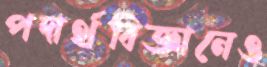
পদার্থবিজ্ঞানেও